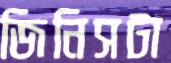
জিনিসটা